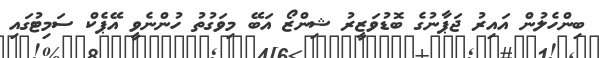
ބިންހެލުން އައިރު ޖަޕާނުގެ ބޮޑުވަޒީރު ޝިންޒޯ އަބޭ މިވަގުތު ހުންނެވީ އޭޕެކް ސަމިޓުގައި